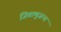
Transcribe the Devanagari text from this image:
जिवाणुजन्य